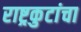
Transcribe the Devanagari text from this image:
राष्ट्रकुटांचा